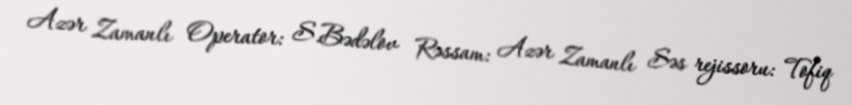
Azər Zamanlı Operator: S.Bədəlov Rəssam: Azər Zamanlı Səs rejissoru: Tofiq